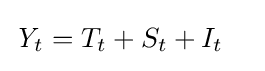
{\begin{aligned}{\textit {Y}}_{t}&={T}_{t}+{S}_{t}+{I}_{t}\end{aligned}}